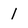
Character: l